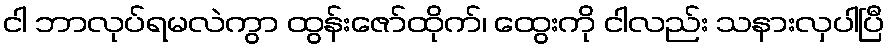
ငါ ဘာလုပ်ရမလဲကွာ ထွန်းဇော်ထိုက်၊ ထွေးကို ငါလည်း သနားလှပါပြီ